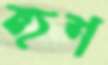
হুশ